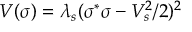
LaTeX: V ( \sigma ) = \lambda _ { s } ( \sigma ^ { * } \sigma - V _ { s } ^ { 2 } / 2 ) ^ { 2 }